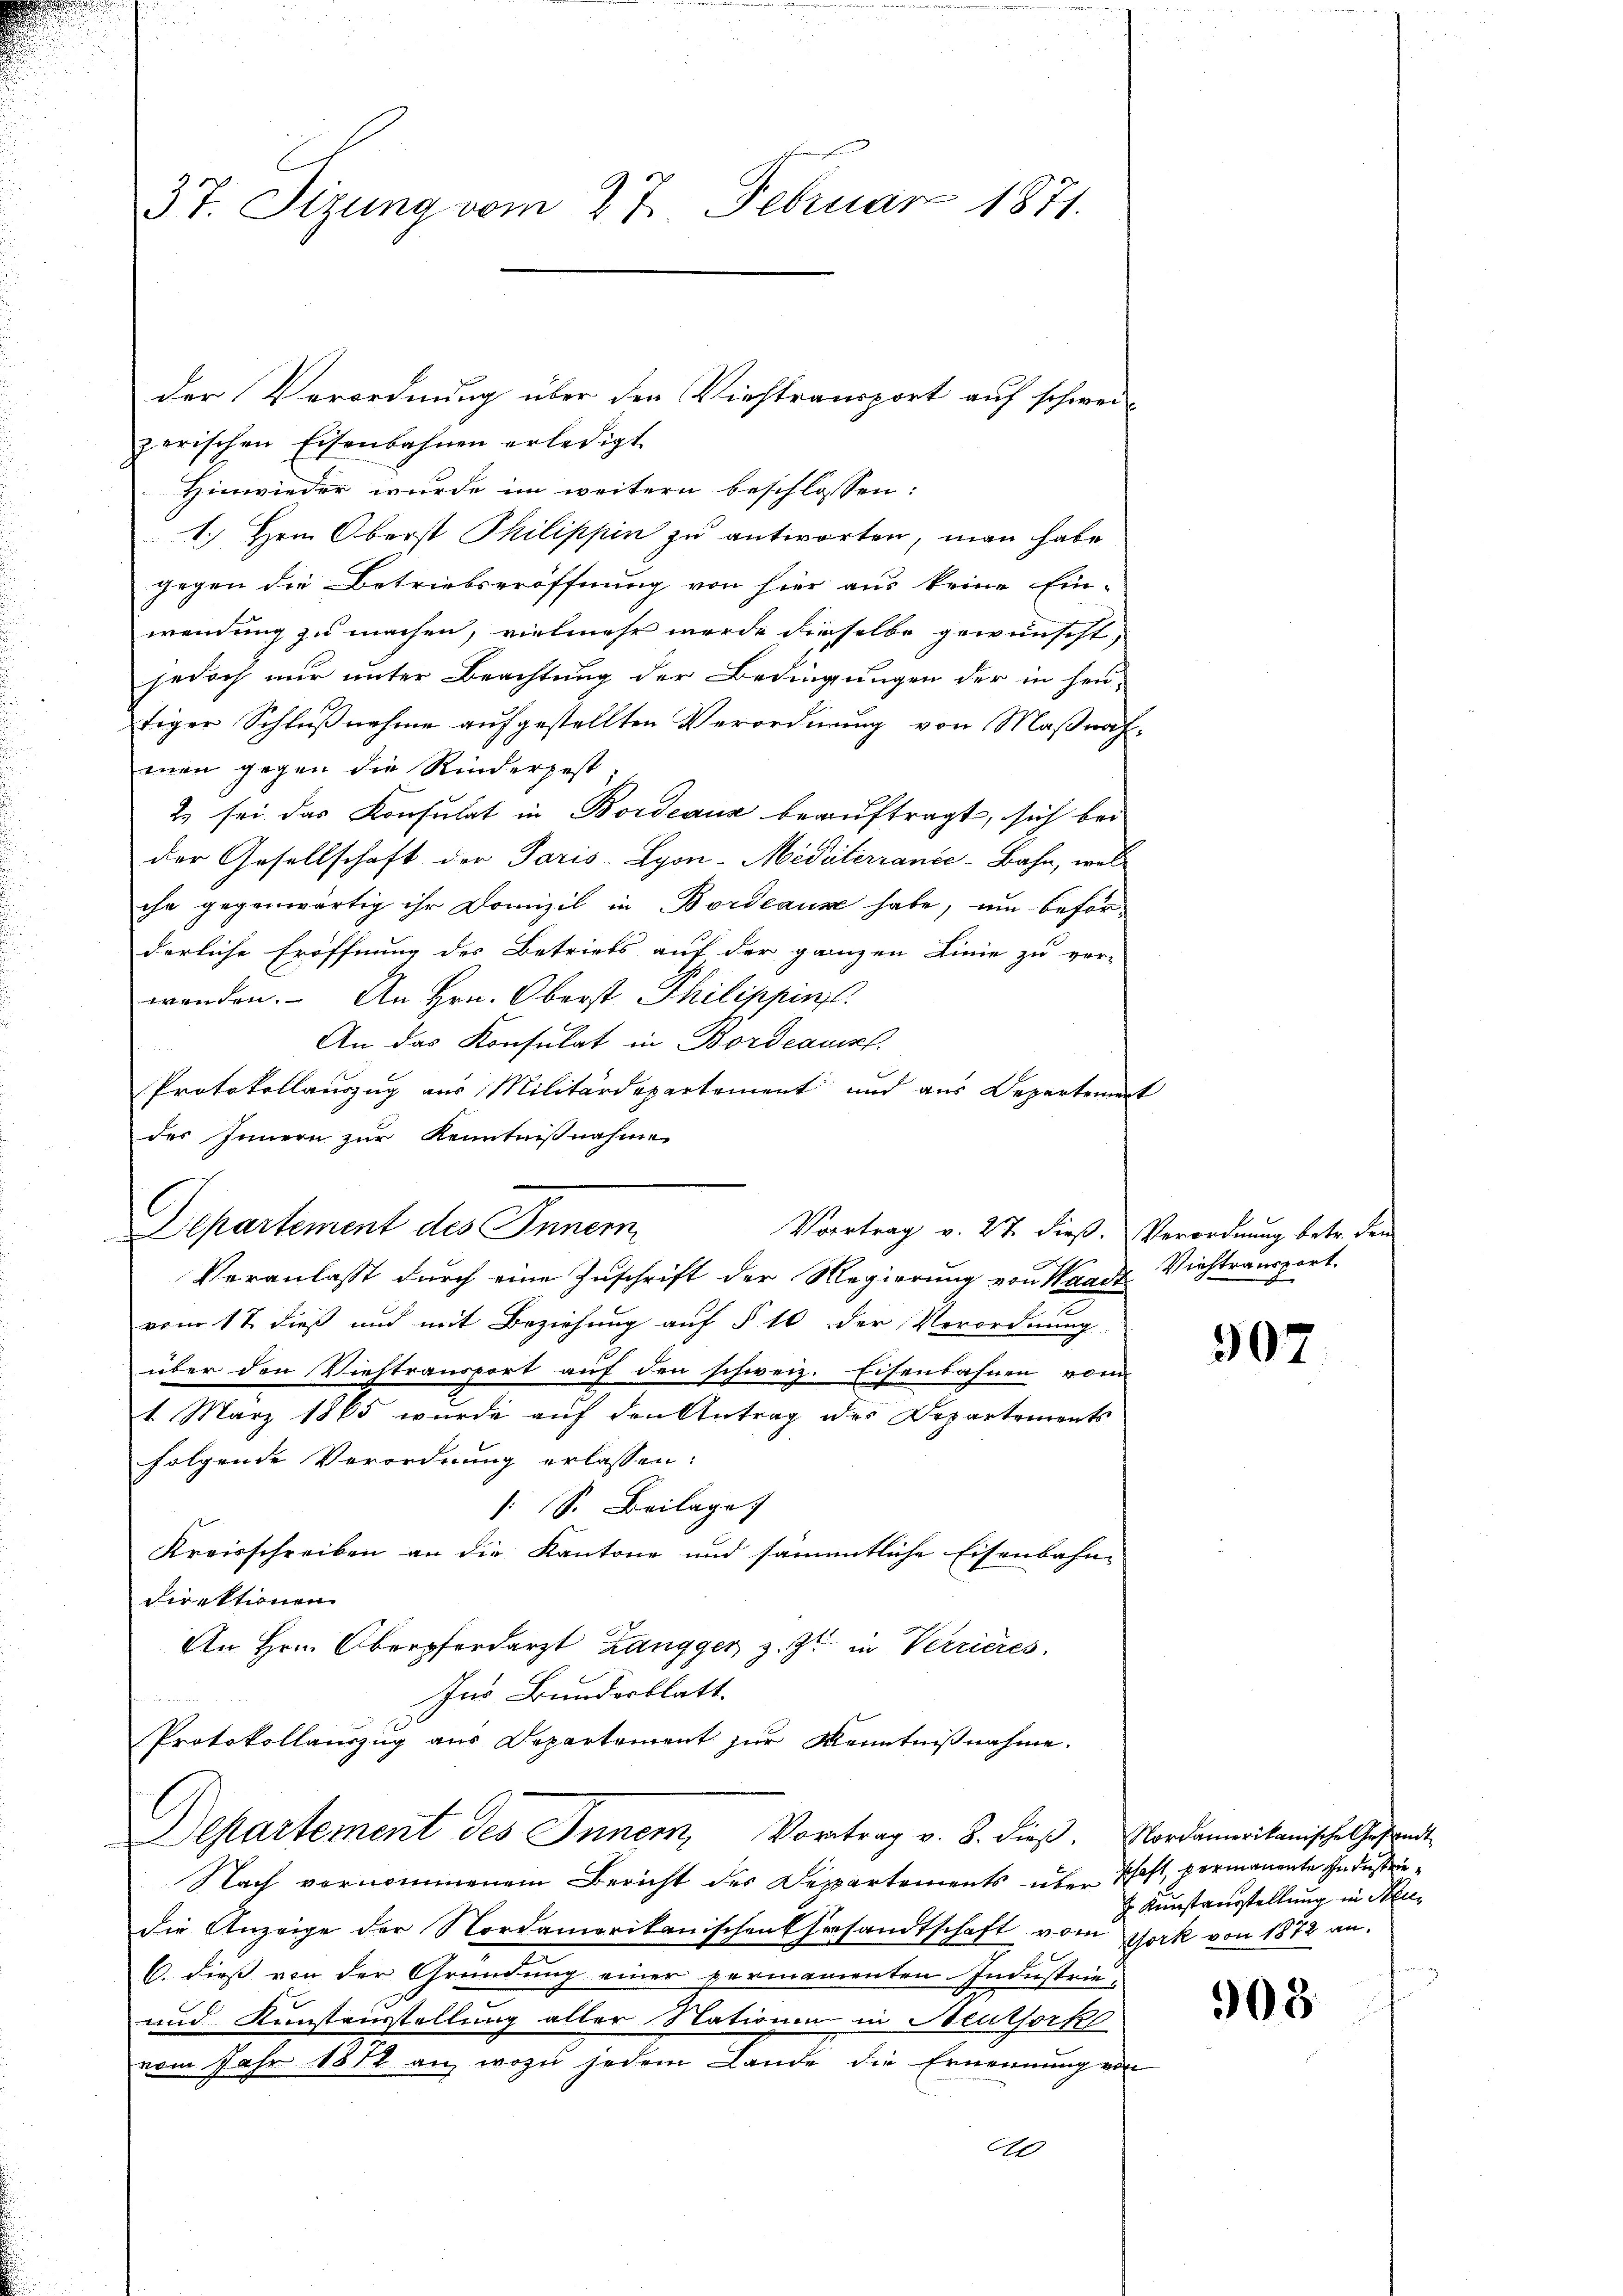
37. Sizung vom 27. Februar 1871.

der Verordnung über den Viehtransport auf schweizerischen Eisenbahnen erledigt
Hinwieder wurde im weitern beschlossen:
1. Hrn. Oberst Philippin zu antworten, man habe
gegen die Betriebseröffnung von hier aus keine Ein-
wendung zu machen, vielmehr werde dieselbe gewünscht,
jedoch nur unter Beachtung der Bedingungen der in heutiger Schlußnahme aufgestellten Verordnung von Maßnahmen gegen die Rinderjest
Es sei das Konsulat in Bordeaux beauftragt, sich bei
der Gesellschaft der Paris-Syon-Mediterrance-Bahn, wel-
che gegenwärtig ihr Domizil in Bordeaus habe, um beförderliche Eröffnung des Betriebs auf der ganzen Linie zu ver-
wenden. An Hrn. Oberst Philippinst
An das Konsulat in Bordeausl.
 20
Protokollauszug aus Militärdepartement und aus Departement
des Innern zur Kenntnißnahme
Departement des Inner
Vortrag v. 27. dieß. Verordnung betr. den
Veranlasst durch eine Zuschrift der Regierung von Waadt
vom 17. dieß und mit Beziehung auf § 16 der Verordnung
über den Viehtransport auf den schweiz. Eisenbahnen vom
1. März 1865 wurde auf den Antrag des Departements
folgende Verordnung erlassen:
[ S. Beilage
Kreisschreiben an die Kantone und sämmtliche Eisenbahn-
Direktionen
An Hrn. Oberpferdarzt Zangger z. Zt. in Verrieres
Ins Bundesblatt.
Protokollauszug aus Departement zur Kenntnißnahme.
Departement des Innern, Vortrag v. 8. dieβ. Nordamerikanische Gesandt
Nach vernommenem Bericht des Departements über schaft, permanente Industriedie Anzeige der Nordamerikanischen Ehersandtschaft vom Gork von 1872 an.
6. dieß von der Gründung einer permamenten Industrie¬
und Kunstausstellung aller Nationen in Neuthork
vom Jahr 1811 an, wozu jedem Lande die Ernennung von
10

Viehtransport.

907

Kunstausstellung in Neuen

908.